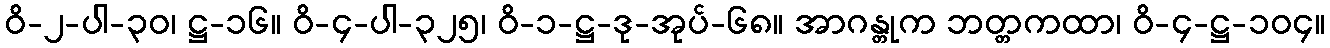
ဝိ-၂-ပါ-၃၀၊ ဋ္ဌ-၁၆။ ဝိ-၄-ပါ-၃၂၅၊ ဝိ-၁-ဋ္ဌ-ဒု-အုပ်-၆၈။ အာဂန္တုက ဘတ္တကထာ၊ ဝိ-၄-ဋ္ဌ-၁၀၄။